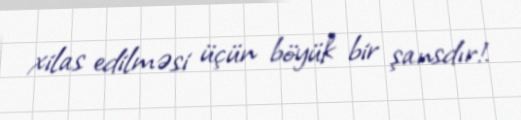
xilas edilməsi üçün böyük bir şansdır!.